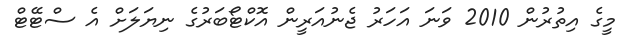
މީގެ އިތުރުން 2010 ވަނަ އަހަރު ޖެނުއަރީން އޮކްޓޯބަރުގެ ނިޔަލަށް އެ ސްޓޭޓް